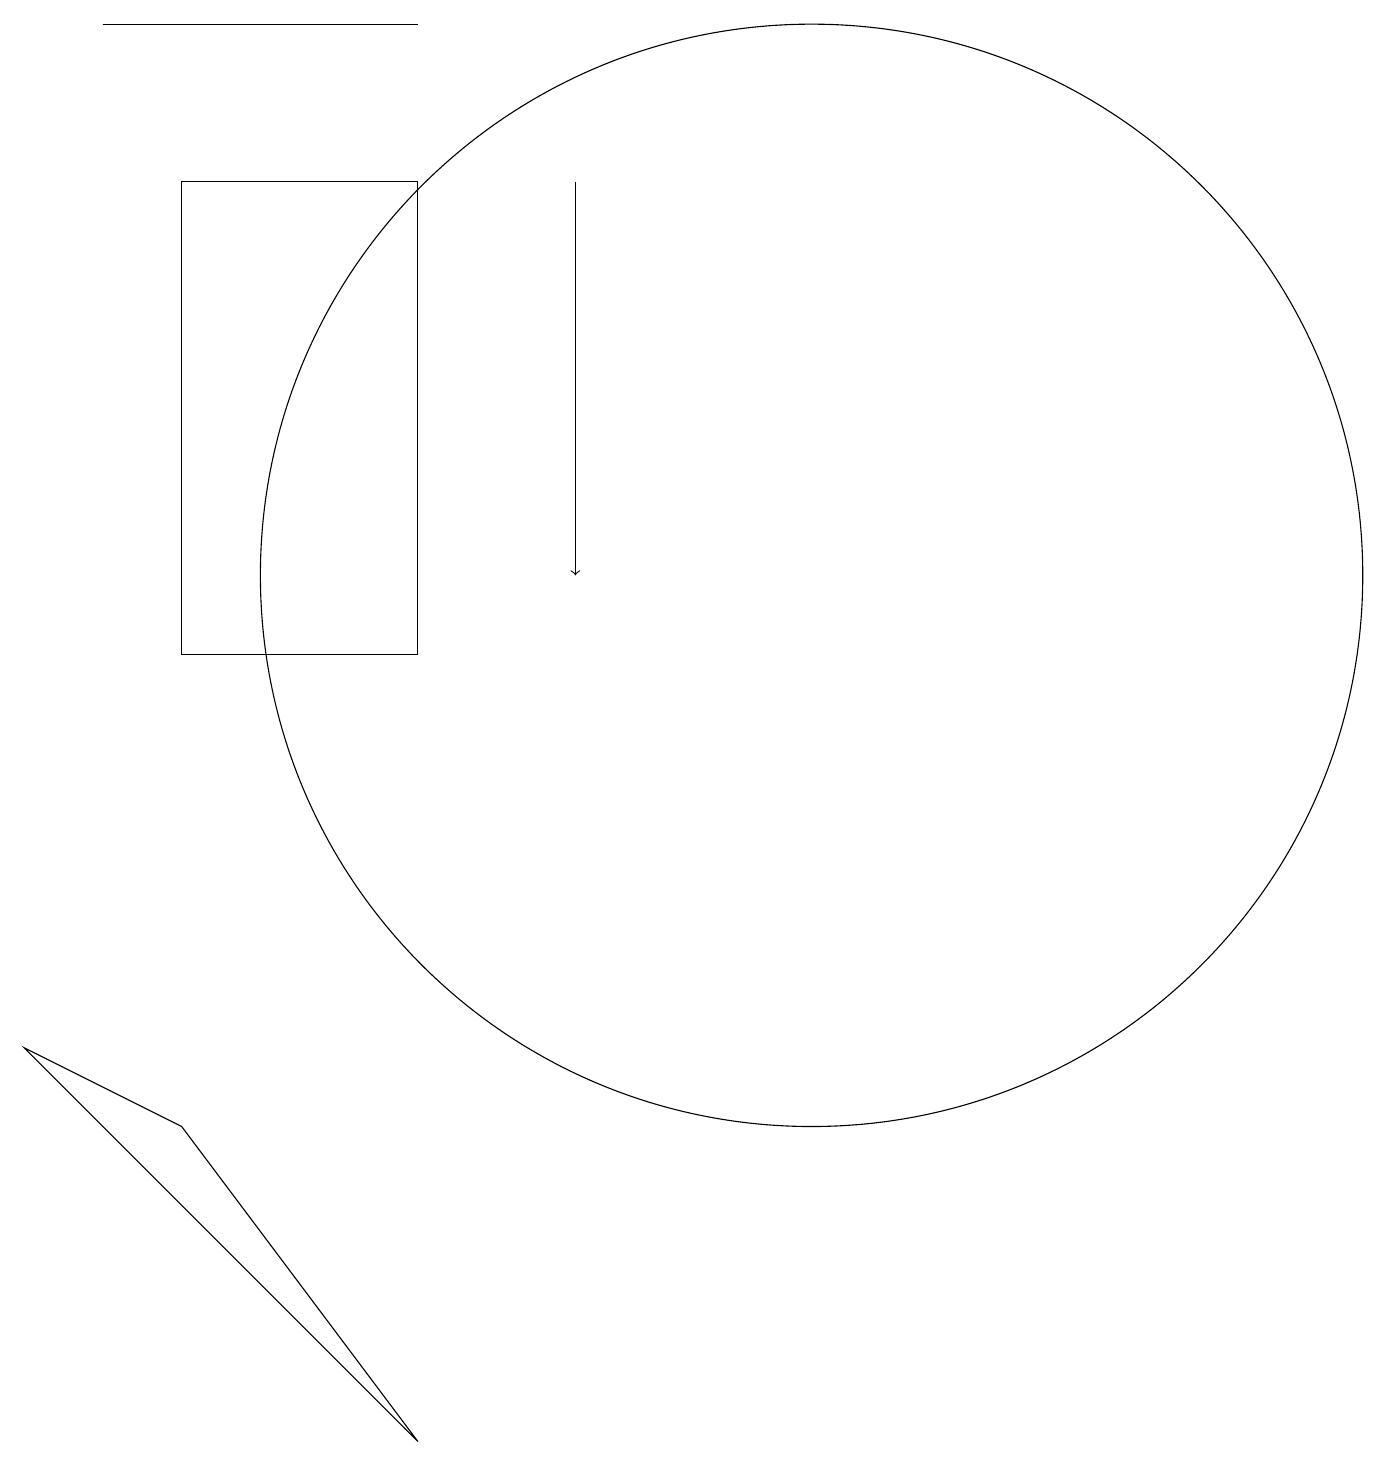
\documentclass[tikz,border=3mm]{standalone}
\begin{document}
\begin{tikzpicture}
\draw (11,10) circle (0);
\draw (0,6) -- (2,5) -- (5,1) -- cycle;
\draw[->] (7,17) -- (7,12);
\draw (10,12) circle (7);
\draw (1,19) rectangle (5,19);
\draw (5,11) rectangle (2,17);
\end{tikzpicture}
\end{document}